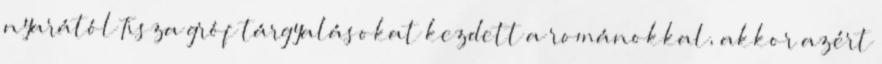
nyarától Tisza gróf tárgyalásokat kezdett a románokkal, akkor azért